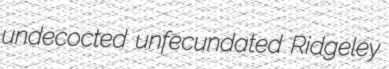
undecocted unfecundated Ridgeley